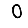
Digit: 0